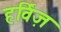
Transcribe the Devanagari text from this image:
हर्विज़